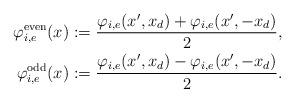
LaTeX: \begin{align*}\varphi_{i,e}^{{\rm even}}(x)&:=\frac{\varphi_{i,e}(x',x_d)+\varphi_{i,e}(x',-x_d)}{2}, \\\varphi_{i,e}^{{\rm odd}}(x)&:=\frac{\varphi_{i,e}(x',x_d)-\varphi_{i,e}(x',-x_d)}{2}. \end{align*}